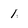
Character: 1